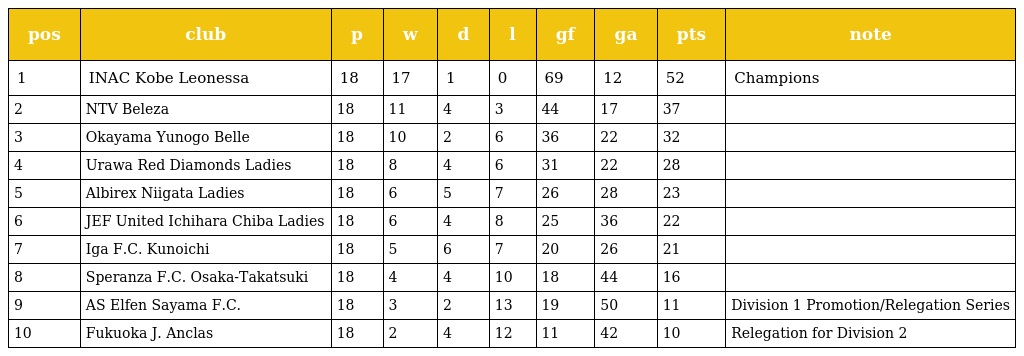
| pos | club | p | w | d | l | gf | ga | pts | note |
 | --- | --- | --- | --- | --- | --- | --- | --- | --- | --- |
 | 1 | INAC Kobe Leonessa | 18 | 17 | 1 | 0 | 69 | 12 | 52 | Champions |
 | 2 | NTV Beleza | 18 | 11 | 4 | 3 | 44 | 17 | 37 |  |
 | 3 | Okayama Yunogo Belle | 18 | 10 | 2 | 6 | 36 | 22 | 32 |  |
 | 4 | Urawa Red Diamonds Ladies | 18 | 8 | 4 | 6 | 31 | 22 | 28 |  |
 | 5 | Albirex Niigata Ladies | 18 | 6 | 5 | 7 | 26 | 28 | 23 |  |
 | 6 | JEF United Ichihara Chiba Ladies | 18 | 6 | 4 | 8 | 25 | 36 | 22 |  |
 | 7 | Iga F.C. Kunoichi | 18 | 5 | 6 | 7 | 20 | 26 | 21 |  |
 | 8 | Speranza F.C. Osaka-Takatsuki | 18 | 4 | 4 | 10 | 18 | 44 | 16 |  |
 | 9 | AS Elfen Sayama F.C. | 18 | 3 | 2 | 13 | 19 | 50 | 11 | Division 1 Promotion/Relegation Series |
 | 10 | Fukuoka J. Anclas | 18 | 2 | 4 | 12 | 11 | 42 | 10 | Relegation for Division 2 |